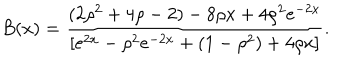
LaTeX: B ( x ) = \frac { ( 2 \rho ^ { 2 } + 4 \rho - 2 ) - 8 \rho x + 4 \rho ^ { 2 } e ^ { - 2 x } } { [ e ^ { 2 x } - \rho ^ { 2 } e ^ { - 2 x } + ( 1 - \rho ^ { 2 } ) + 4 \rho x ] } .